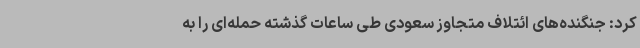
کرد: جنگنده‌های ائتلاف متجاوز سعودی طی ساعات گذشته حمله‌ای را به